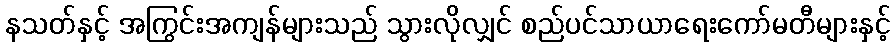
နသတ်နှင့် အကြွင်းအကျန်များသည် သွားလိုလျှင် စည်ပင်သာယာရေးကော်မတီများနှင့်